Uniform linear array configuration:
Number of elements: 48
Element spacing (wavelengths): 1
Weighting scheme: exponential
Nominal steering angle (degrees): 30
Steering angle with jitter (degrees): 31.327
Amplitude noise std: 0.05
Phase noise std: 0.05

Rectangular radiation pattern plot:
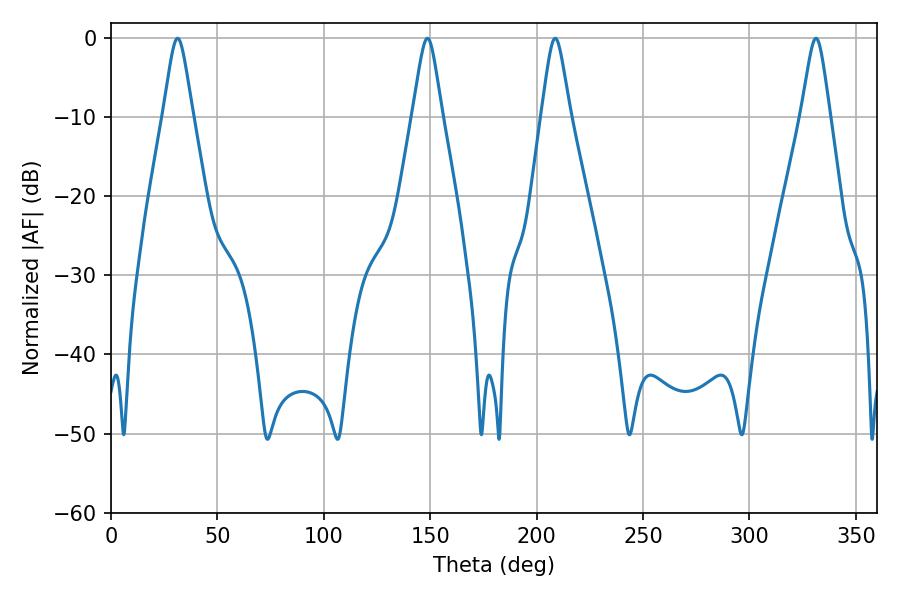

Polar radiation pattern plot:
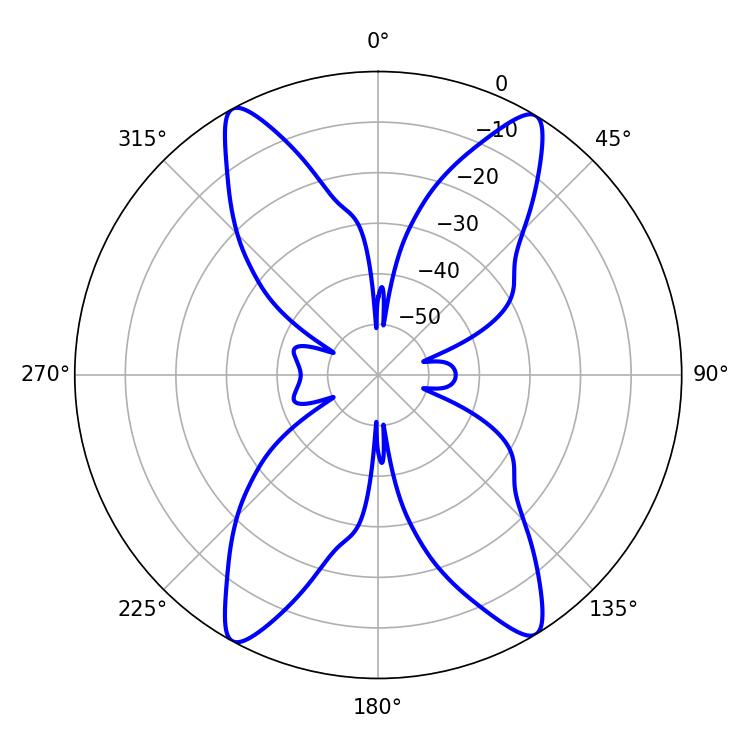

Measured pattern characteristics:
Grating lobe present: TRUE
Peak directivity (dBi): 21.838
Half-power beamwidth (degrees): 6.48
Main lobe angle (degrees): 31.32